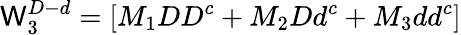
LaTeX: \mathsf{W}_{3}^{D-d}=[M_{1}DD^{c}+M_{2}Dd^{c}+M_{3}dd^{c}]